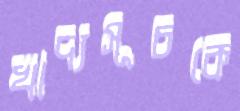
খাদ্যসূচকে